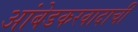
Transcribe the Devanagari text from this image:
आंबेडकरवादाची